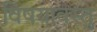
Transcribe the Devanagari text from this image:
विषयावस्तु